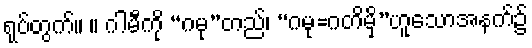
ရုပ်တွက်။ ။ ဂါမီကို “ဂမု”တည်၊ “ဂမု=ဂတိမှိ”ဟူသောအနက်၌